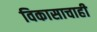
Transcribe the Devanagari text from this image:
विकासाचाही